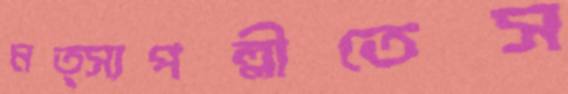
মত্স্যপল্লীতেস